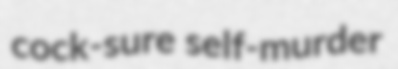
cock-sure self-murder